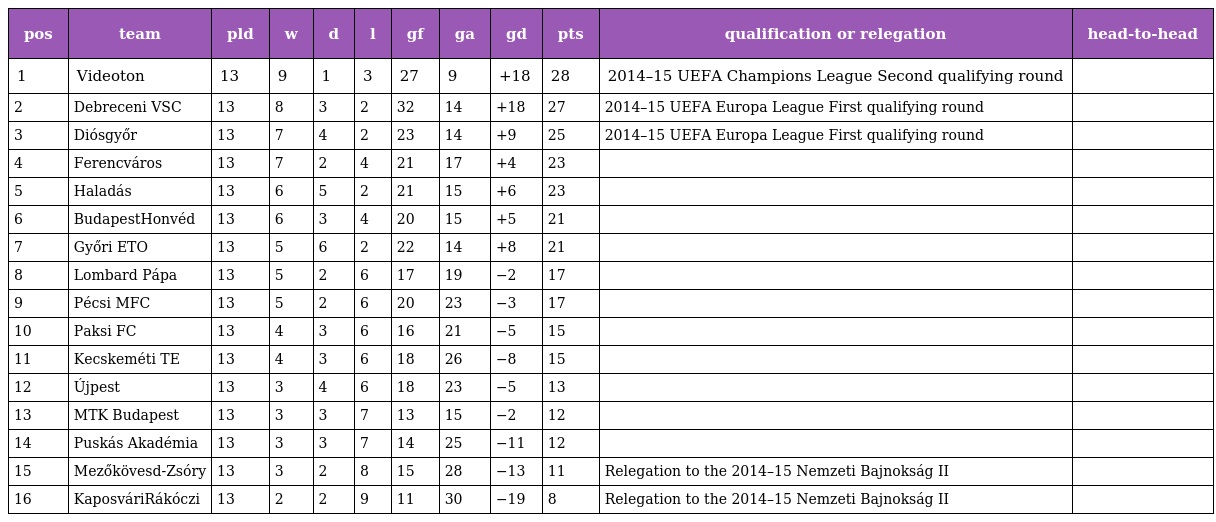
| pos | team | pld | w | d | l | gf | ga | gd | pts | qualification or relegation | head-to-head |
 | --- | --- | --- | --- | --- | --- | --- | --- | --- | --- | --- | --- |
 | 1 | Videoton | 13 | 9 | 1 | 3 | 27 | 9 | +18 | 28 | 2014–15 UEFA Champions League Second qualifying round |  |
 | 2 | Debreceni VSC | 13 | 8 | 3 | 2 | 32 | 14 | +18 | 27 | 2014–15 UEFA Europa League First qualifying round |  |
 | 3 | Diósgyőr | 13 | 7 | 4 | 2 | 23 | 14 | +9 | 25 | 2014–15 UEFA Europa League First qualifying round |  |
 | 4 | Ferencváros | 13 | 7 | 2 | 4 | 21 | 17 | +4 | 23 |  |  |
 | 5 | Haladás | 13 | 6 | 5 | 2 | 21 | 15 | +6 | 23 |  |  |
 | 6 | BudapestHonvéd | 13 | 6 | 3 | 4 | 20 | 15 | +5 | 21 |  |  |
 | 7 | Győri ETO | 13 | 5 | 6 | 2 | 22 | 14 | +8 | 21 |  |  |
 | 8 | Lombard Pápa | 13 | 5 | 2 | 6 | 17 | 19 | −2 | 17 |  |  |
 | 9 | Pécsi MFC | 13 | 5 | 2 | 6 | 20 | 23 | −3 | 17 |  |  |
 | 10 | Paksi FC | 13 | 4 | 3 | 6 | 16 | 21 | −5 | 15 |  |  |
 | 11 | Kecskeméti TE | 13 | 4 | 3 | 6 | 18 | 26 | −8 | 15 |  |  |
 | 12 | Újpest | 13 | 3 | 4 | 6 | 18 | 23 | −5 | 13 |  |  |
 | 13 | MTK Budapest | 13 | 3 | 3 | 7 | 13 | 15 | −2 | 12 |  |  |
 | 14 | Puskás Akadémia | 13 | 3 | 3 | 7 | 14 | 25 | −11 | 12 |  |  |
 | 15 | Mezőkövesd-Zsóry | 13 | 3 | 2 | 8 | 15 | 28 | −13 | 11 | Relegation to the 2014–15 Nemzeti Bajnokság II |  |
 | 16 | KaposváriRákóczi | 13 | 2 | 2 | 9 | 11 | 30 | −19 | 8 | Relegation to the 2014–15 Nemzeti Bajnokság II |  |